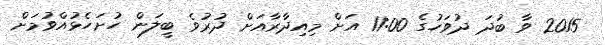
2015 ވާ ބުދަ ދުވަހުގެ 11:00 އަށް މިއިދާރާއަށް ދުރުވެ ބީލަން ހުށަހެޅުއްވުމަށް